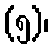
(၅)၊